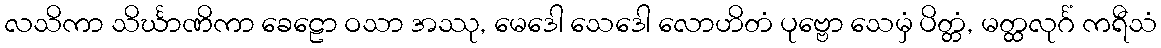
လသိကာ သိင်္ဃာဏိကာ ခေဠော ဝသာ အဿု, မေဒေါ သေဒေါ လောဟိတံ ပုဗ္ဗော သေမှံ ပိတ္တံ, မတ္ထလုင်္ဂံ ကရီသံ